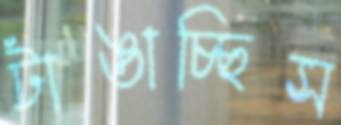
টাঙাচ্ছিস